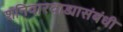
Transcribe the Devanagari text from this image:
शनिवारवाड्यासंबंधी